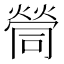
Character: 𡀸